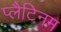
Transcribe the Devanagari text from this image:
प्‍लैटिनम